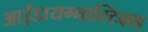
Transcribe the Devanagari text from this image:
आईडायग्नास्टिक्स